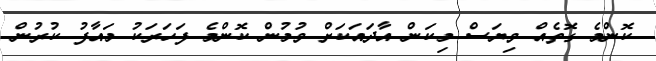
ކޮންމެ ގޮތެއް ވިޔަސް މިކަން އާދައަކަށް ވުމުން ކޮންމެ ފަހަރަކު މައާފު ކުރުން